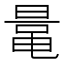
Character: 鼌